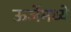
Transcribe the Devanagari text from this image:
ऊर्जेमध्ये